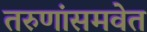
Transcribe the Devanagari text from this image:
तरुणांसमवेत